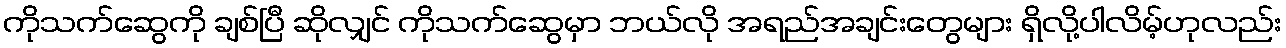
ကိုသက်ဆွေကို ချစ်ပြီ ဆိုလျှင် ကိုသက်ဆွေမှာ ဘယ်လို အရည်အချင်းတွေများ ရှိလို့ပါလိမ့်ဟုလည်း